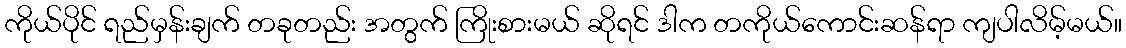
ကိုယ်ပိုင် ရည်မှန်းချက် တခုတည်း အတွက် ကြိုးစားမယ် ဆိုရင် ဒါက တကိုယ်ကောင်းဆန်ရာ ကျပါလိမ့်မယ်။